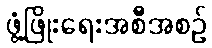
ဖွံ့ဖြိုးရေးအစီအစဉ်